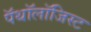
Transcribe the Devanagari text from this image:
पॅथॉलॉजिस्ट